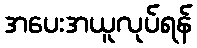
အပေးအယူလုပ်ရန်